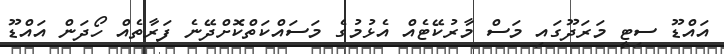
އައްޑޫ ސިޓީ މަރަދޫގައި މަސް މާރުކޭޓެއް އެޅުމުގެ މަސައްކަތްކޮށްދޭނެ ފަރާތެއް ހޯދަން އައްޑޫ